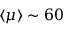
\langle \mu \rangle \sim 6 0